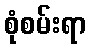
စုံစမ်းရာ